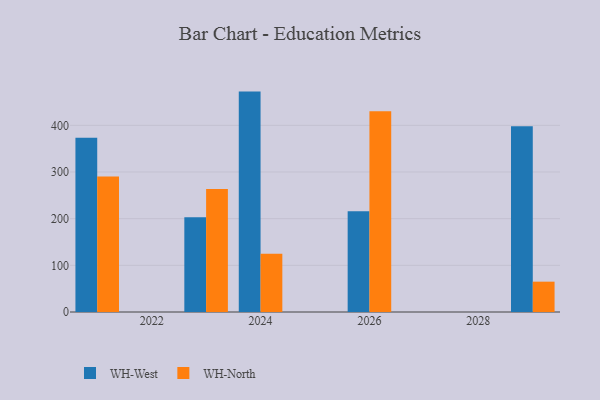
{"axis": {"x": "Year", "y": "Tickets Resolved"}, "legend": ["WH-North", "WH-West"], "data": [{"x": "2026", "y": 215.8, "type": "WH-West"}, {"x": "2026", "y": 430.4, "type": "WH-North"}, {"x": "2024", "y": 472.3, "type": "WH-West"}, {"x": "2024", "y": 124.7, "type": "WH-North"}, {"x": "2029", "y": 398.2, "type": "WH-West"}, {"x": "2029", "y": 65.0, "type": "WH-North"}, {"x": "2021", "y": 373.4, "type": "WH-West"}, {"x": "2021", "y": 290.4, "type": "WH-North"}, {"x": "2023", "y": 203.0, "type": "WH-West"}, {"x": "2023", "y": 263.5, "type": "WH-North"}]}